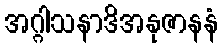
အဂ္ဂါသနာဒိအနုဇာနနံ